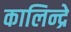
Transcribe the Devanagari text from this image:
कालिन्द्रे